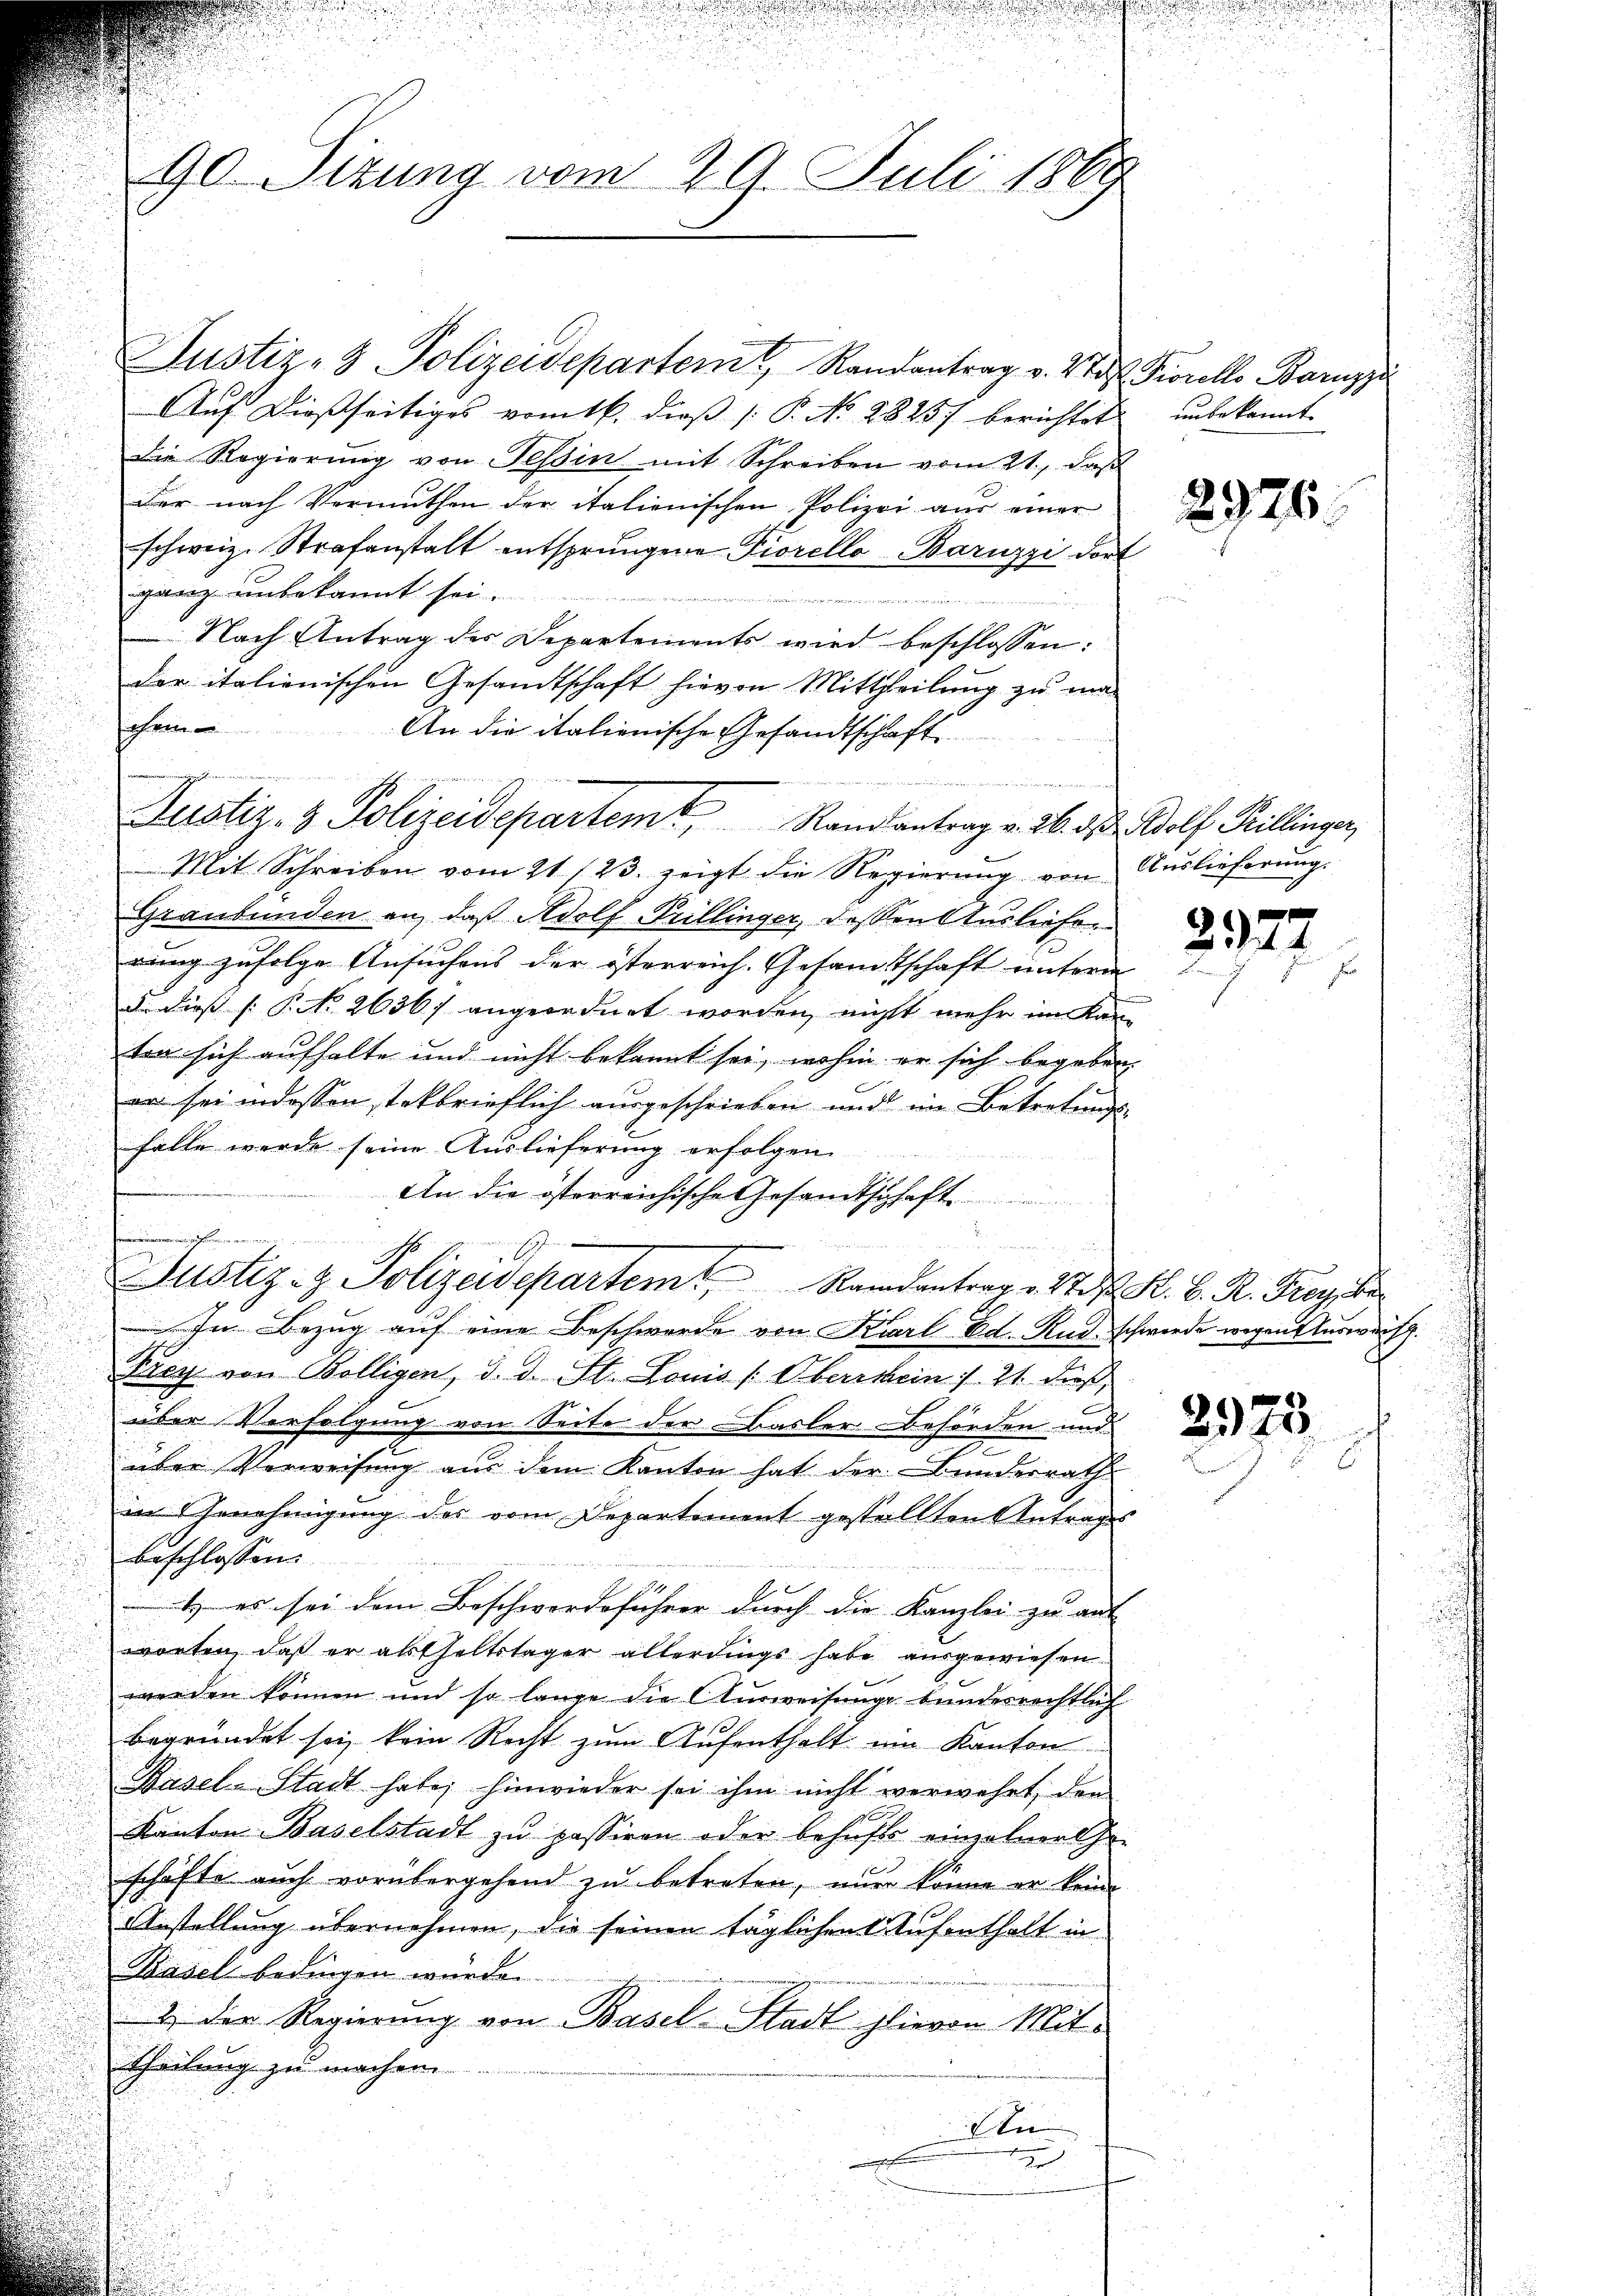
90. Sizung vom 29. Juli 1869

Justiz- & Polizeidepartem Randantrag v. 27. Fiorello Baruzzi
Auf dießseitiges vom 16. dieß (: P. Nr. 2825) berichtet unbekannt
die Regierung von Tessin mit Schreiben vom 21., daß
der nach Vermuthen der italienischen Polizei aŭs einer
schweiz. Strafanstalt entsprungene Piorello Baruzzi dort
ganz unbekannt sei.
ee eine
Nach Antrag der Departements wird beschlossen:
der italienischen Gesandtschaft hievon Mittheilung zu maohrin
An die italienische Gesandtschaft
. . . . .
Mit Schreiben vom 21 (23. zeigt die Regierŭng von Auslieferŭng.
Graubünden an, daß Adolf Pillinger, dessen Ausliefen
rung zufolge Ansuchens der österreich. Gesandtschaft unterm
d. Dies P. No 2636) angeordnet worden, nicht mehr im Kanten sich aufhalte und nicht bekannt sei, wohin er sich begeben
er sei indessen steckbrieflich ausgeschrieben und im Betretungs-
falle werde seine Auslieferung erfolgen.
An die österreichische Gesandtschaft

Justiz- & Polizeidepartem Randantrag v. J. H. B. R. Freyt
Im Bezug auf eine Beschwerde von Karl Ed. Und schwerde wegentuswurf.
Prey von Bölligen, d. d. St. Louis (Oberschein / 21. dieß
über Verfolgung von Seite der Basler Behörden und
über Verweisung aus dem Kanton hat der Bunderrath
in Genehmigung des vom Departement gestellten Antrages
beschlossen:
i
1) es sei dem Beschwerdeführer durch die Kanzlei zu auf |
worten, daß er absthaltstager allerdings habe ausgewiesen
werden können und so lange die Aŭsweisunge bundesrechtlich
begründet sei, kein Recht zum Aufenthalt um Kanton
Basel-Stadt habe; hinwieder sei ihm nicht verwehrt, den
Kanton Baselstadt zu passiren oder behufs einzelner thei
schäfte auch vorübergehend zu betreten, nur könne er keine
Anstellung übernehmen, die seinen täglichen Aufenthalt in
Basel bedingen würde.
2.) Der Regierung von Basel-Stadt hievon Mit¬
Theilung zu machen.
An
.
r

Justiz- & Polizeidepartemt Randantrag v. 26. d. Wolf Rillinger,

2976.

2977

2923.